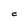
Character: C